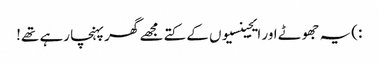
:)یہ جھوٹے اور ایجینسیوں کے کتے مجھے گھر پہنچا رہے تھے!